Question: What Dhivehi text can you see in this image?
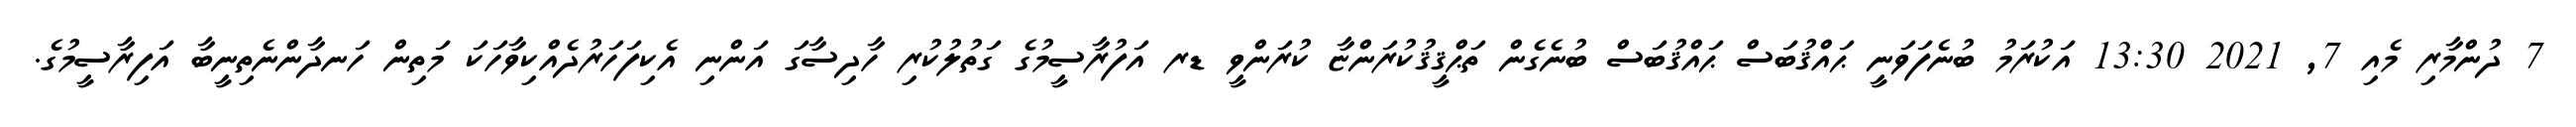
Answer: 7 ދުންމާރި މެއި 7, 2021 13:30 އަކުރަމު ބުނެފަވަނީ ޙައްޤުބަސް ޙައްޤުބަސް ބުނެގެން ތަޙްޤީޤުކުރަންޏާ ކުރަންވީ ޑރ އަފުރާސީމުގެ ގަތުލުކުރި ހާދިސާގަ އަންނި އެކިފަހަރުދެއްކިވާހަކަ މަތިން ހަނދާންނެތިނީބާ އަފިރާސީމުގެ.